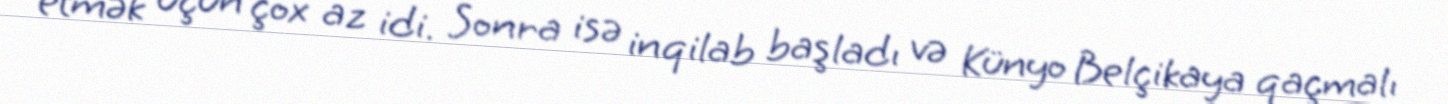
etmək üçün çox az idi. Sonra isə inqilab başladı və Künyo Belçikaya qaçmalı